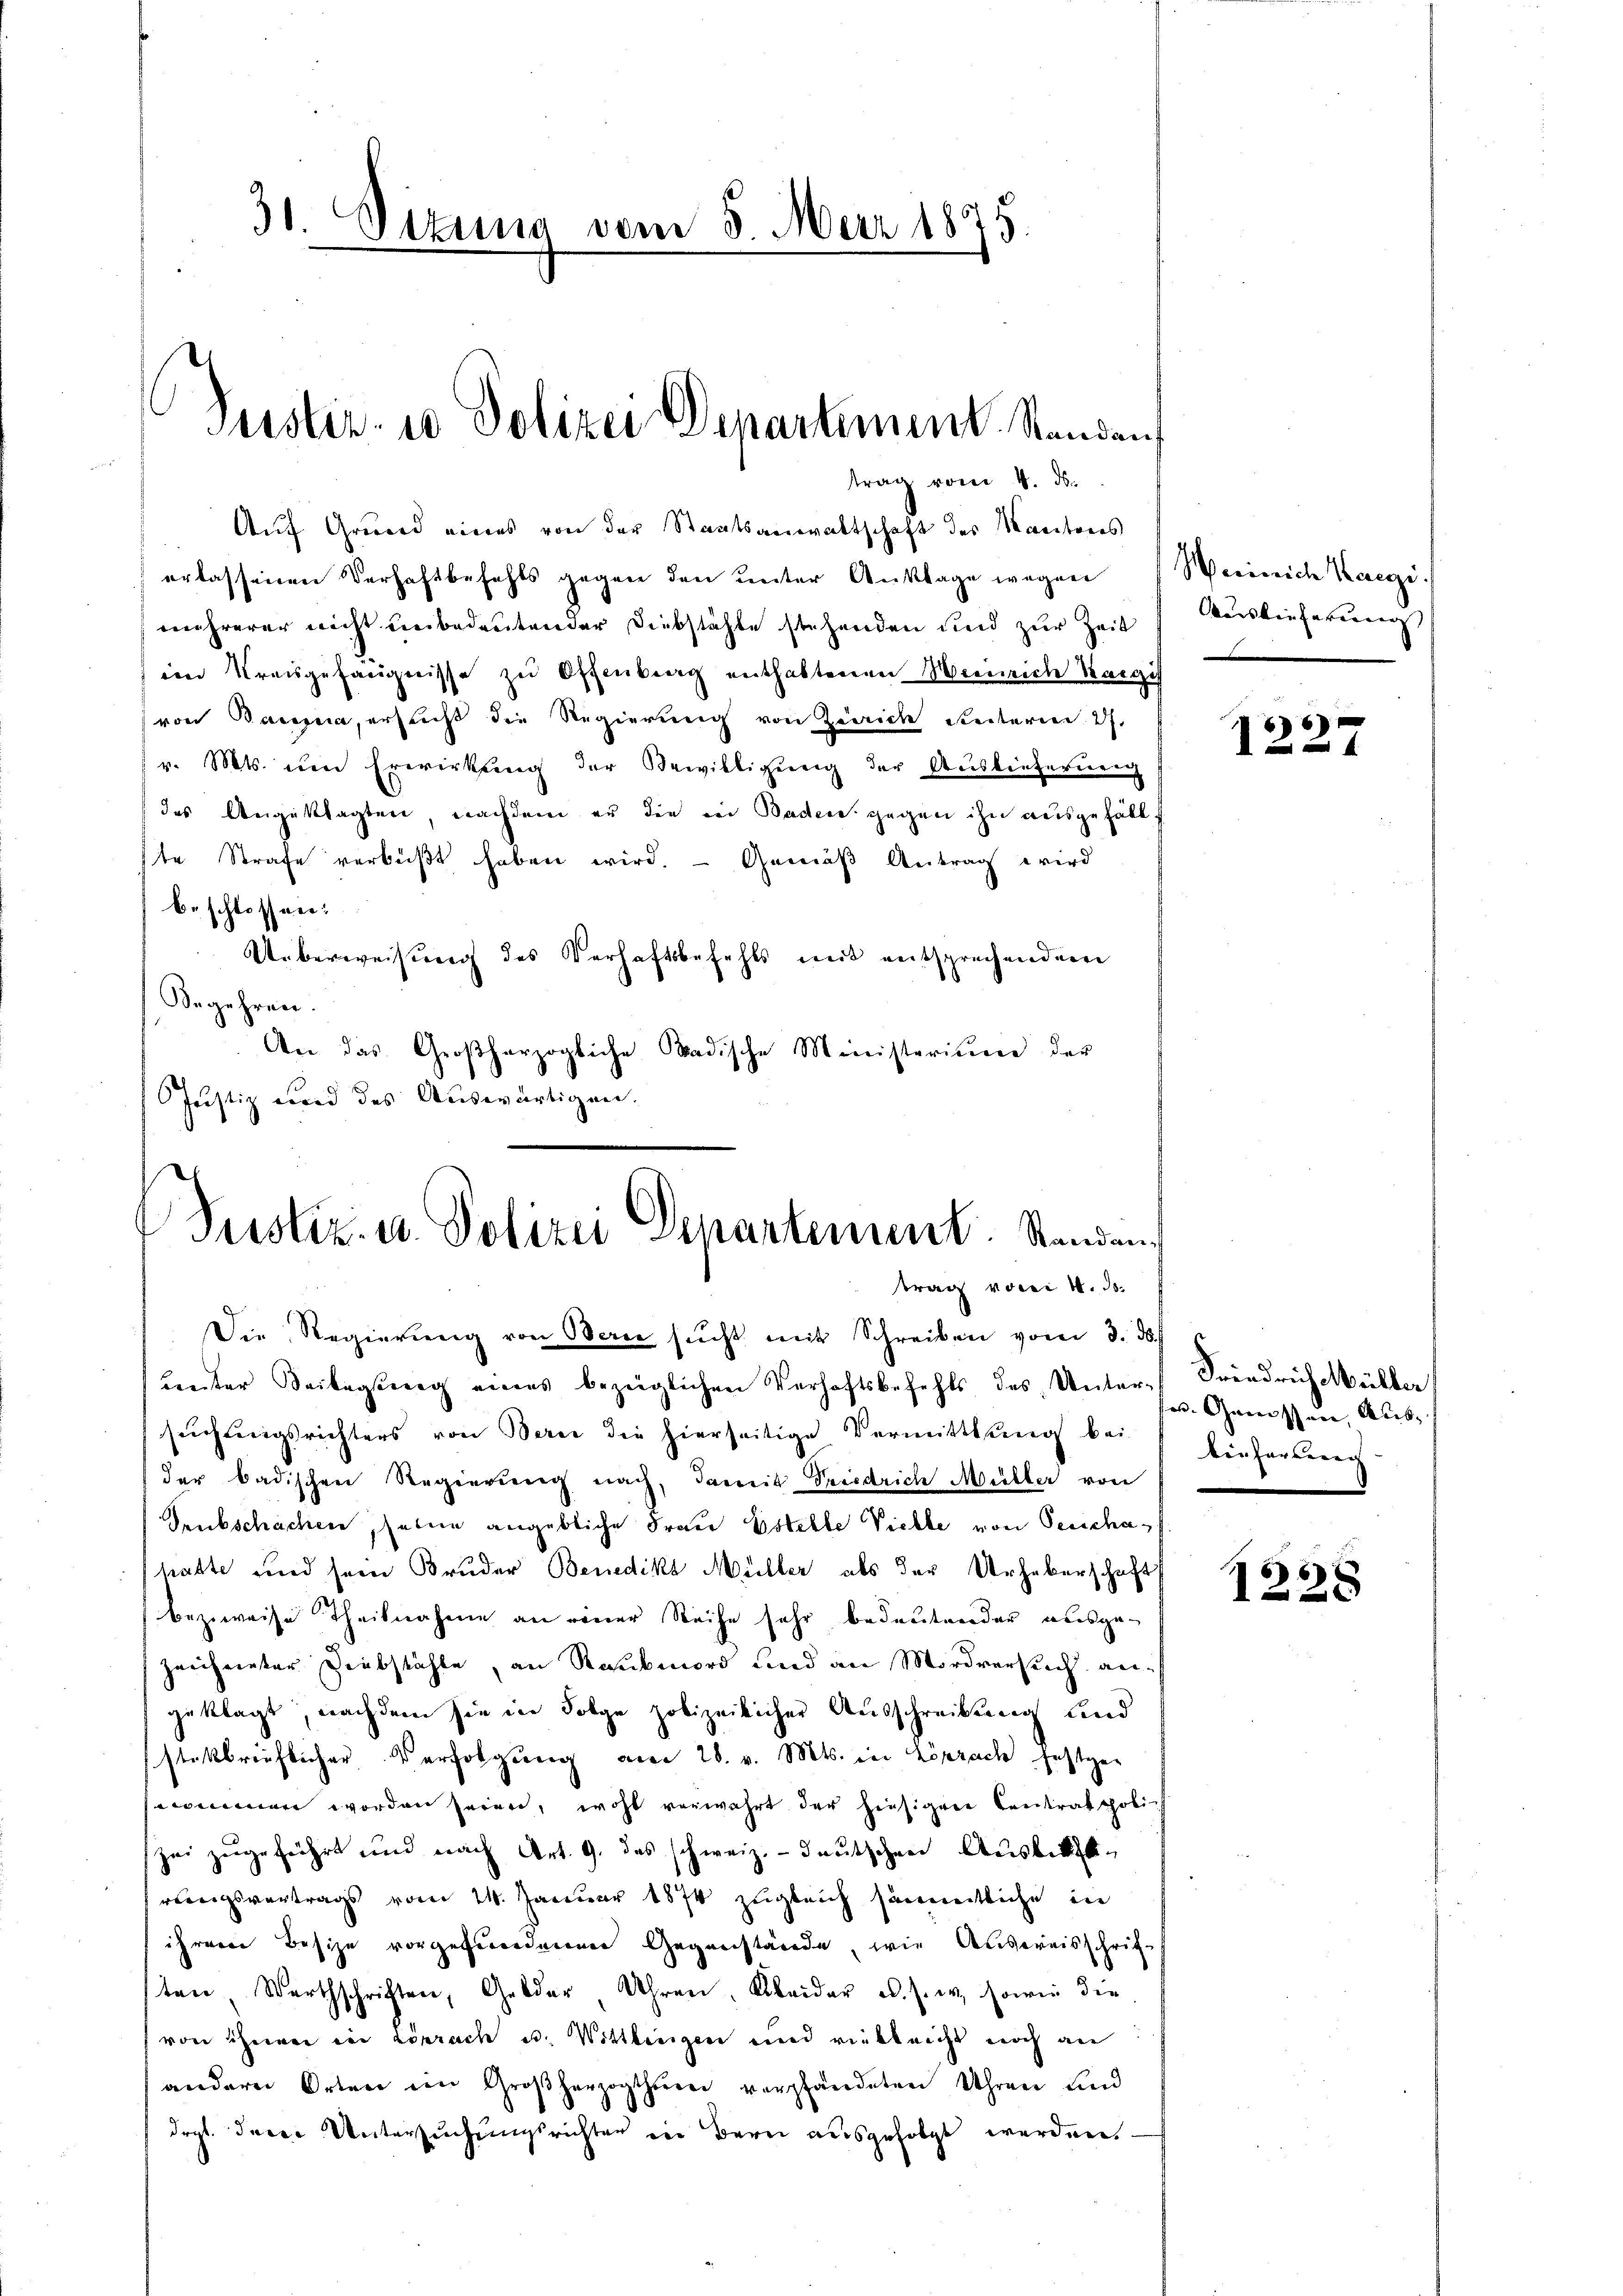
31. Situng vom 5. März 1875.

Justiz- u Polizei Departement Standen
trag vom 4. ds.

Auf Grund eines von der Staatsanwaltschaft des Kantons
erlassenen Verhaftbefehls gegen den ŭnter Anklage wegen Weinrich Kaegi.
mehrerer nicht unbedeutender Diebstähle stehenden und zur Zeit
im Kreisgefängnisse zu Offenberg enthaltenen Weinreich Regis
(von Bauma, erhaft die Regierung von Zürich ereiterien 27.
v. Mts. um Erwirkung der Bewilligung der Auslieferung
des Angeklagten, nachdem er die in Baden gegen ihn ausgefäll
ste Strafe verbüßt haben wird. — Gemäß Antrag wird
beschlossen:
Ueberweisung des Verhaftsbefehls mit entsprechenden
Begehren.
An das Großherzogliche Badische Ministerium der
Justiz wird des Auswärtigen.

Pustiz- u. Polizei Departement. Standen,
trag vom 4. d.

Die Regierŭng von Berce sucht mit Schreiben vom 8. d.
unter Beilagung eines bezüglichen Verhaftsbefehls des Unter-Friedrich Müller
suchungsrichters von Berei die hierseitige Vermittlung bei
der badischen Regierung nach, damit Triedrich Müller von
Seubschachen, seine angebliche Frau Estelle Vielle von Verschastatte wird sein Bruder Benedikt Müller als der Urheberschaft
bezweise Theilnahme an einer Reihe sehr bedeutender ausgezeichneter Diebstähle, an Raubmord und an Mordversuch angeklagt, nachdem sie in Folge polizeilicher Ausschreibung und
stekbrieflicher Verfolgung am 28. v. Mts. in Löprach festgen
ecommen worden seien, wohl verwahrt der hiesigere Centrat poli-
zei zugeführt und nach Art. 9. das schweiz.- deutschen Ausbitt
wenigsvertrags vom 14. Januar 1874 zugleich sämmtliche in
ihrem Besize vorgefundenen Gegenstände, wie Anvereisschriften Werthschriften, Gelder Uhren, Kleider u. s. w., sowie die
von ihnen in Lörrach u. Wittlingen und vielleicht noch an
andere Orten im Großherzogthum verpfändeten Uhren und
drgl. derer Untersuchungsrichter in Bern ausgefolgt werden.

Auslieferung |
x

66

u. Genossen, Aus-
lieferleich- |

1238